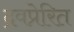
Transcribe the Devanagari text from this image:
द्रवप्रेरित